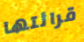
قرائتها